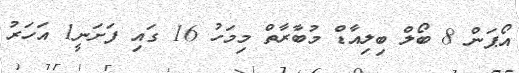
އޯޕަން 8 ބޯލް ބިލިއާޑް މުބާރާތް މިމަހު 16 ގައި ފަށަނީ1 އަހަރު